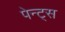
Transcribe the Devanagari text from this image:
पेन्ट्‌स